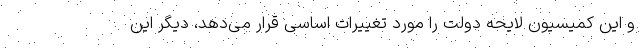
و این کمیسیون لایحه دولت را مورد تغییرات اساسی قرار می‌دهد، دیگر این